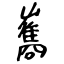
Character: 雟